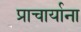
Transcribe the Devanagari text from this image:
प्राचार्याना